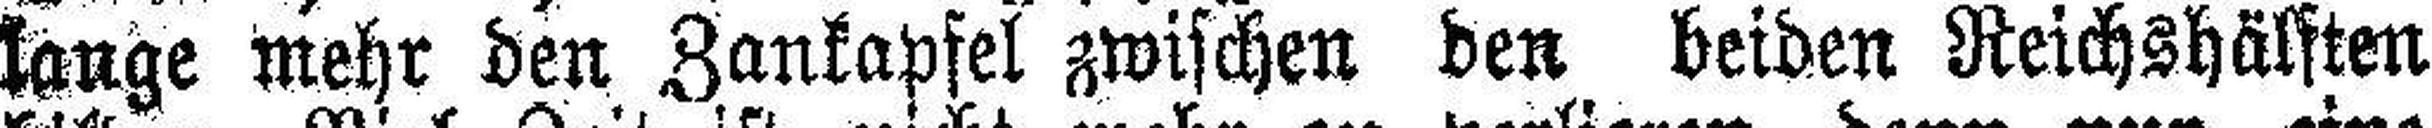
lange mehr den Zankapfel zwischen den beiden Reichshälften